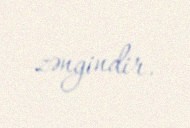
zəngindir.